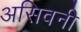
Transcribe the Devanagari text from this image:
असिवनी